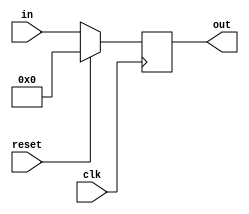
module reg_14bitne(out, in, reset, clk);

output 	[13:0] 	out;
reg 		[13:0] 	out;
input  	[13:0] 	in;
input 			clk, reset;

always @(posedge clk)

begin
	if(reset == 1'b1)
		out <= 0;
	else
		out <= in;
end

endmodule